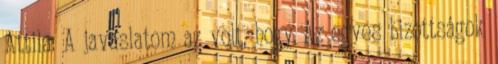
Attila: A javaslatom az volt, hogy Az egyes bizottságok